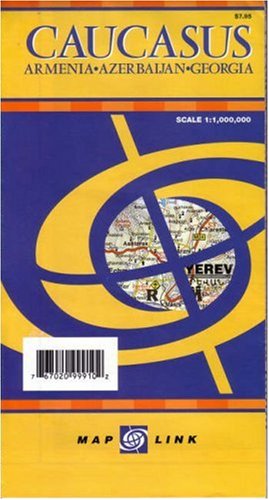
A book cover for Caucasus: Armenia, Azerbaijan, and Georgia Map (English, French, Italian, German and Russian Edition); GiziMap (Firm); Travel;